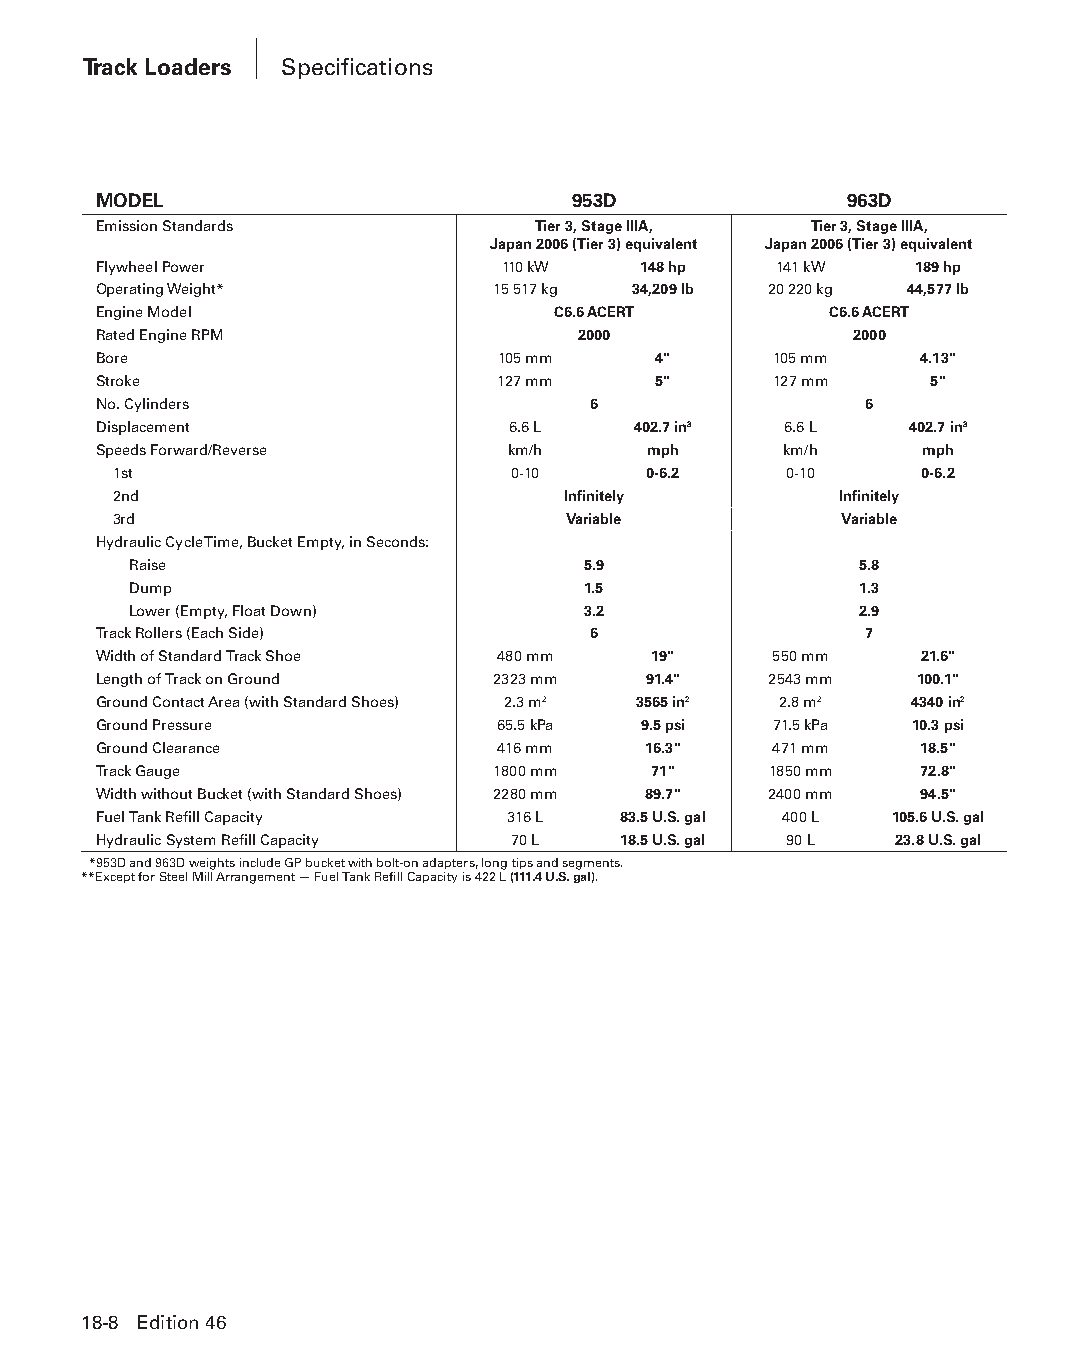
Track Loaders Specifications
 MODEL                          953D              963D
 Emission Standards           Tier 3, Stage IIIA, Tier 3, Stage IIIA,
 Japan 2006 (Tier 3) equivalent Japan 2006 (Tier 3) equivalent
 Flywheel Power             110 kW   148 hp   141 kW   189 hp
 Operating Weight*         15 517 kg 34,209 Ib 20 220 kg 44,577 Ib
 Engine Model                  C6.6 ACERT        C6.6 ACERT
 Rated Engine RPM                2000              2000
 Bore                      105 mm     4"      105 mm   4.13"
 Stroke                    127 mm     5"      127 mm    5"
 No. Cylinders                   6                  6
 Displacement               6.6 L   402.7 in3 6.6 L    402.7 in3
 Speeds Forward/Reverse     km/h     mph      km/h     mph
 1st                       0-10     0-6.2    0-10     0-6.2
 2nd                           Infinitely        Infinitely
 3rd                           Variable          Variable
 Hydraulic Cycle Time, Bucket Empty, in Seconds:
 Raise                         5.9               5.8
 Dump                          1.5               1.3
 Lower (Empty, Float Down)     3.2               2.9
 Track Rollers (Each Side)       6                  7
 Width of Standard Track Shoe 480 mm 19"     550 mm    21.6"
 Length of Track on Ground 2323 mm   91.4"   2543 mm   100.1"
 Ground Contact Area (with Standard Shoes) 2.3 m2 3565 in2 2.8 m2 4340 in2
 Ground Pressure           65.5 kPa  9.5 psi  71.5 kPa 10.3 psi
 Ground Clearance          416 mm    16.3"   471 mm    18.5"
 Track Gauge               1800 mm   71"     1850 mm   72.8"
 Width without Bucket (with Standard Shoes) 2280 mm 89.7" 2400 mm 94.5"
 Fuel Tank Refill Capacity  316 L  83.5 U.S. gal 400 L 105.6 U.S. gal
 Hydraulic System Refill Capacity 70 L 18.5 U.S. gal 90 L 23.8 U.S. gal
 * 953D and 963D weights include GP bucket with bolt-on adapters, long tips and segments.
 **Except for Steel Mill Arrangement — Fuel Tank Refill Capacity is 422 L (111.4 U.S. gal).
 18-8 Edition 46
 PPHHBB--SSeecc1188--1166..iinndddd 88                          1122//44//1155 1100::5566 AAMM